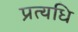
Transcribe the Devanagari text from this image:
प्रत्यधि